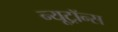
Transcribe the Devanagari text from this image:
न्यूट्रॉन्स